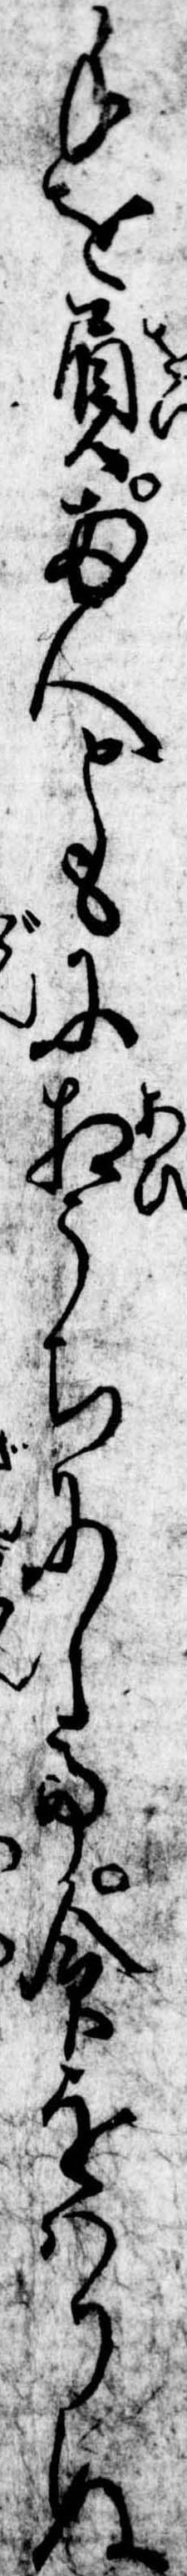
手を負両人ともに相うちにして命をはりぬ